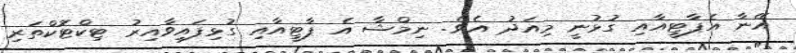
އޭނާ އެޕާޓީއާއި ގުޅުނީ މިއަދު އެވެ. ނިމްޝާ އެ ޕާޓީއާއި ގުޅިފައިވާއިރު ޓިކްޓޮކްތަރި